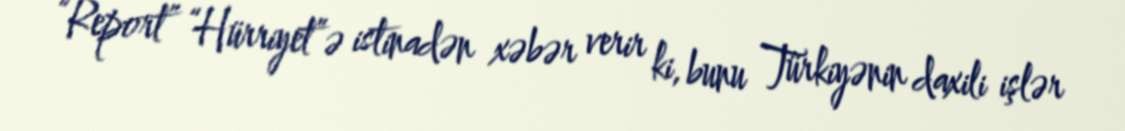
“Report” “Hürriyet”ə istinadən xəbər verir ki, bunu Türkiyənin daxili işlər